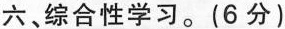
六、综合性学习。(6分)